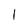
Character: I